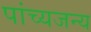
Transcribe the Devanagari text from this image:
पांच्यजन्य